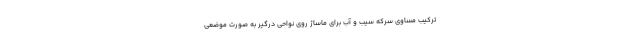
ترکیب مساوی سرکه سیب و آب برای ماساژ روی نواحی درگیر به صورت موضعی